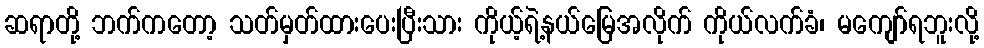
ဆရာတို့ ဘက်ကတော့ သတ်မှတ်ထားပေးပြီးသား ကိုယ့်ရဲ့နယ်မြေအလိုက် ကိုယ်လက်ခံ၊ မကျော်ရဘူးလို့